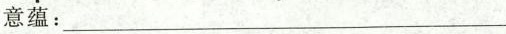
意蕴:___